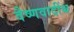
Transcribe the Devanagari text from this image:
वैष्णवादींश्च